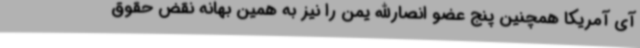
آی آمریکا همچنین پنج عضو انصارالله یمن را نیز به همین بهانه نقض حقوق